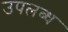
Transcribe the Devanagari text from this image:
उपल्‍ाब्‍ध